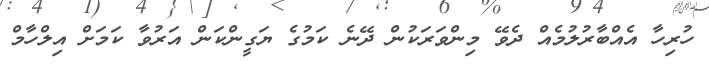
ހުރިހާ އެއްބާރުލުމެއް ދެވޭ މިންވަރަކުން ދޭނެ ކަމުގެ ޔަގީންކަން އަރުވާ ކަމަށް އިލްހާމް